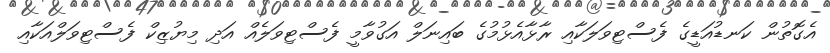
އެގޮތުން ކަނޑުއަޑީގެ ފެސްޓިވަލަކާއި ރާޅާއެޅުމުގެ ބައިނަލް އަގުވާމީ ފެސްޓިވަލެއް އަދި މިޔުޒިކް ފެސްޓިވަލްއަކާއި